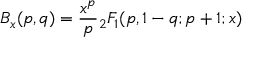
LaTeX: B _ { x } ( p , q ) = { \frac { x ^ { p } } { p } } { } _ { 2 } F _ { 1 } ( p , 1 - q ; p + 1 ; x )